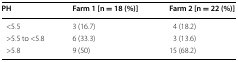
<table><thead><tr><td><b>PH</b></td><td><b>Farm 1 [n = 18 (%)]</b></td><td><b>Farm 2 [n = 22 (%)]</b></td></tr></thead><tbody><tr><td> &lt;5.5</td><td>3 (16.7)</td><td>4 (18.2)</td></tr><tr><td> &gt;5.5 to &lt;5.8</td><td>6 (33.3)</td><td>3 (13.6)</td></tr><tr><td> &gt;5.8</td><td>9 (50)</td><td>15 (68.2)</td></tr></tbody></table>